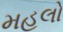
મહલો